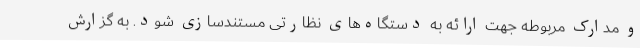
و مدارک مربوطه جهت ارائه به دستگاه‌های نظارتی مستندسازی شود. به گزارش